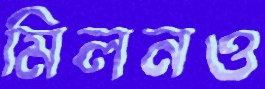
মিলনও